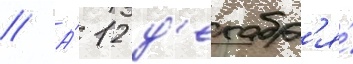
// А́ 12 д'екабр'я́